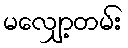
မလျှော့တမ်း